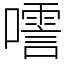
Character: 㘊